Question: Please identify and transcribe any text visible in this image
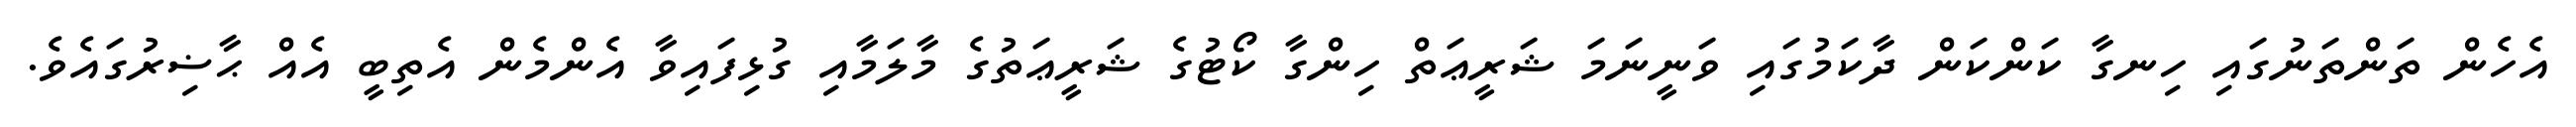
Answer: އެހެން ތަންތަނުގައި ހިނގާ ކަންކަން ދާކަމުގައި ވަނީނަމަ ޝަރީޢަތް ހިންގާ ކޯޓުގެ ޝަރީޢަތުގެ މާލަމާއި ގުޅިފައިވާ އެންމެން އެތިބީ އެއް ޙާޟިރުގައެވެ.